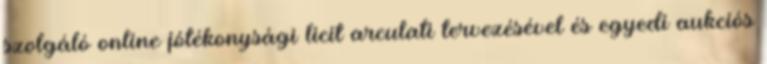
szolgáló online jótékonysági licit arculati tervezésével és egyedi aukciós